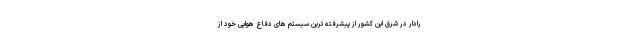
رادار در شرق این کشور از پیشرفته ترین سیستم های دفاع هوایی خود از